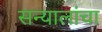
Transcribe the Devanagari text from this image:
सन्यालांचा